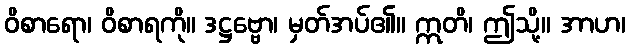
ဝိစာရော၊ ဝိစာရကို။ ဒဋ္ဌဗ္ဗော၊ မှတ်အပ်၏။ ဣတိ၊ ဤသို့။ အာဟ၊